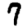
Digit: 7